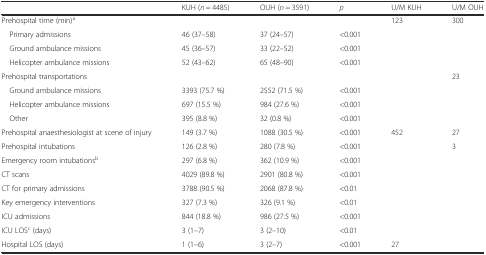
<table><thead><tr><td></td><td><b>KUH (<i>n</i> = 4485)</b></td><td><b>OUH (<i>n</i> = 3591)</b></td><td><b><i>p</i></b></td><td><b>U/M KUH</b></td><td><b>U/M OUH</b></td></tr></thead><tbody><tr><td>Prehospital time (min)<sup>a</sup></td><td></td><td></td><td></td><td>123</td><td>300</td></tr><tr><td> Primary admissions</td><td>46 (37–58)</td><td>37 (24–57)</td><td>&lt;0.001</td><td></td><td></td></tr><tr><td> Ground ambulance missions</td><td>45 (36–57)</td><td>33 (22–52)</td><td>&lt;0.001</td><td></td><td></td></tr><tr><td> Helicopter ambulance missions</td><td>52 (43–62)</td><td>65 (48–90)</td><td>&lt;0.001</td><td></td><td></td></tr><tr><td>Prehospital transportations</td><td></td><td></td><td></td><td></td><td>23</td></tr><tr><td> Ground ambulance missions</td><td>3393 (75.7 %)</td><td>2552 (71.5 %)</td><td>&lt;0.001</td><td></td><td></td></tr><tr><td> Helicopter ambulance missions</td><td>697 (15.5 %)</td><td>984 (27.6 %)</td><td>&lt;0.001</td><td></td><td></td></tr><tr><td> Other</td><td>395 (8.8 %)</td><td>32 (0.8 %)</td><td>&lt;0.001</td><td></td><td></td></tr><tr><td>Prehospital anaesthesiologist at scene of injury</td><td>149 (3.7 %)</td><td>1088 (30.5 %)</td><td>&lt;0.001</td><td>452</td><td>27</td></tr><tr><td>Prehospital intubations</td><td>126 (2.8 %)</td><td>280 (7.8 %)</td><td>&lt;0.001</td><td></td><td>3</td></tr><tr><td>Emergency room intubations<sup>b</sup></td><td>297 (6.8 %)</td><td>362 (10.9 %)</td><td>&lt;0.001</td><td></td><td></td></tr><tr><td>CT scans</td><td>4029 (89.8 %)</td><td>2901 (80.8 %)</td><td>&lt;0.001</td><td></td><td></td></tr><tr><td>CT for primary admissions</td><td>3788 (90.5 %)</td><td>2068 (87.8 %)</td><td>&lt;0.01</td><td></td><td></td></tr><tr><td>Key emergency interventions</td><td>327 (7.3 %)</td><td>326 (9.1 %)</td><td>&lt;0.01</td><td></td><td></td></tr><tr><td>ICU admissions</td><td>844 (18.8 %)</td><td>986 (27.5 %)</td><td>&lt;0.001</td><td></td><td></td></tr><tr><td>ICU LOS<sup>c</sup> (days)</td><td>3 (1–7)</td><td>3 (2–10)</td><td>&lt;0.01</td><td></td><td></td></tr><tr><td>Hospital LOS (days)</td><td>1 (1–6)</td><td>3 (2–7)</td><td>&lt;0.001</td><td>27</td><td></td></tr></tbody></table>